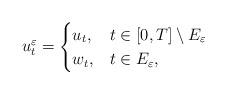
LaTeX: \begin{align*}u^{\varepsilon}_t=\begin{cases}u_t , & t \in [0,T]\setminus E_{\varepsilon} \\w_t, & t \in E_{\varepsilon},\end{cases}\end{align*}